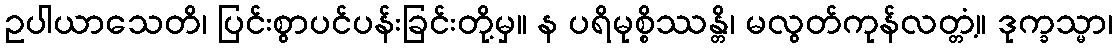
ဥပါယာသေတိ၊ ပြင်းစွာပင်ပန်းခြင်းတို့မှ။ န ပရိမုစ္စိဿန္တိ၊ မလွတ်ကုန်လတ္တံ့။ ဒုက္ခသ္မာ၊